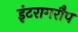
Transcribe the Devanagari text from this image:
इंटरागरौप